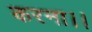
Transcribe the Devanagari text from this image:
करना।।